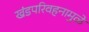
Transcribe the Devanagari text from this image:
खंडपरिवहनामुळे